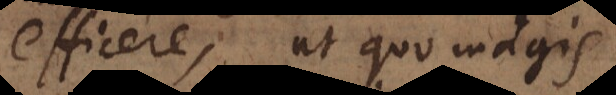
efficere, ut quo magis